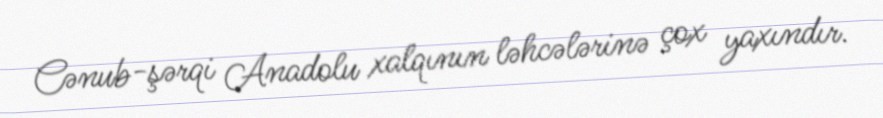
Cənub-şərqi Anadolu xalqının ləhcələrinə çox yaxındır.